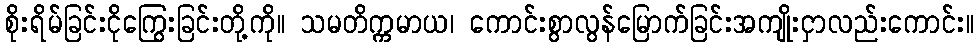
စိုးရိမ်ခြင်းငိုကြွေးခြင်းတို့ကို။ သမတိက္ကမာယ၊ ကောင်းစွာလွန်မြောက်ခြင်းအကျိုးငှာလည်းကောင်း။